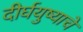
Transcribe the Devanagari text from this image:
दीर्घयुष्याचे